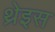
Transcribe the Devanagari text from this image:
थ्रेइस